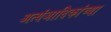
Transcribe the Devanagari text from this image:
अत्यंजादिकांच्या